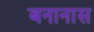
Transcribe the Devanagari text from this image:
बनानास